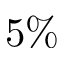
5 \%